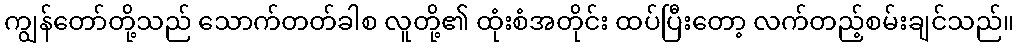
ကျွန်တော်တို့သည် သောက်တတ်ခါစ လူတို့၏ ထုံးစံအတိုင်း ထပ်ပြီးတော့ လက်တည့်စမ်းချင်သည်။